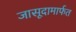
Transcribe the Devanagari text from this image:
जासूदामार्फत